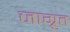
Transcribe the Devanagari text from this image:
जाग्रृत